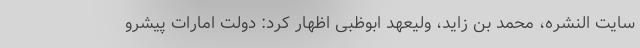
سایت النشره، محمد بن زاید، ولیعهد ابوظبی اظهار کرد: دولت امارات پیشرو